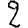
Digit: 2